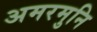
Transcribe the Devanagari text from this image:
अमरमुनि